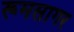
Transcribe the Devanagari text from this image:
रूमसागर